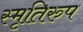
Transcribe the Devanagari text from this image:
स्मृतिरुप